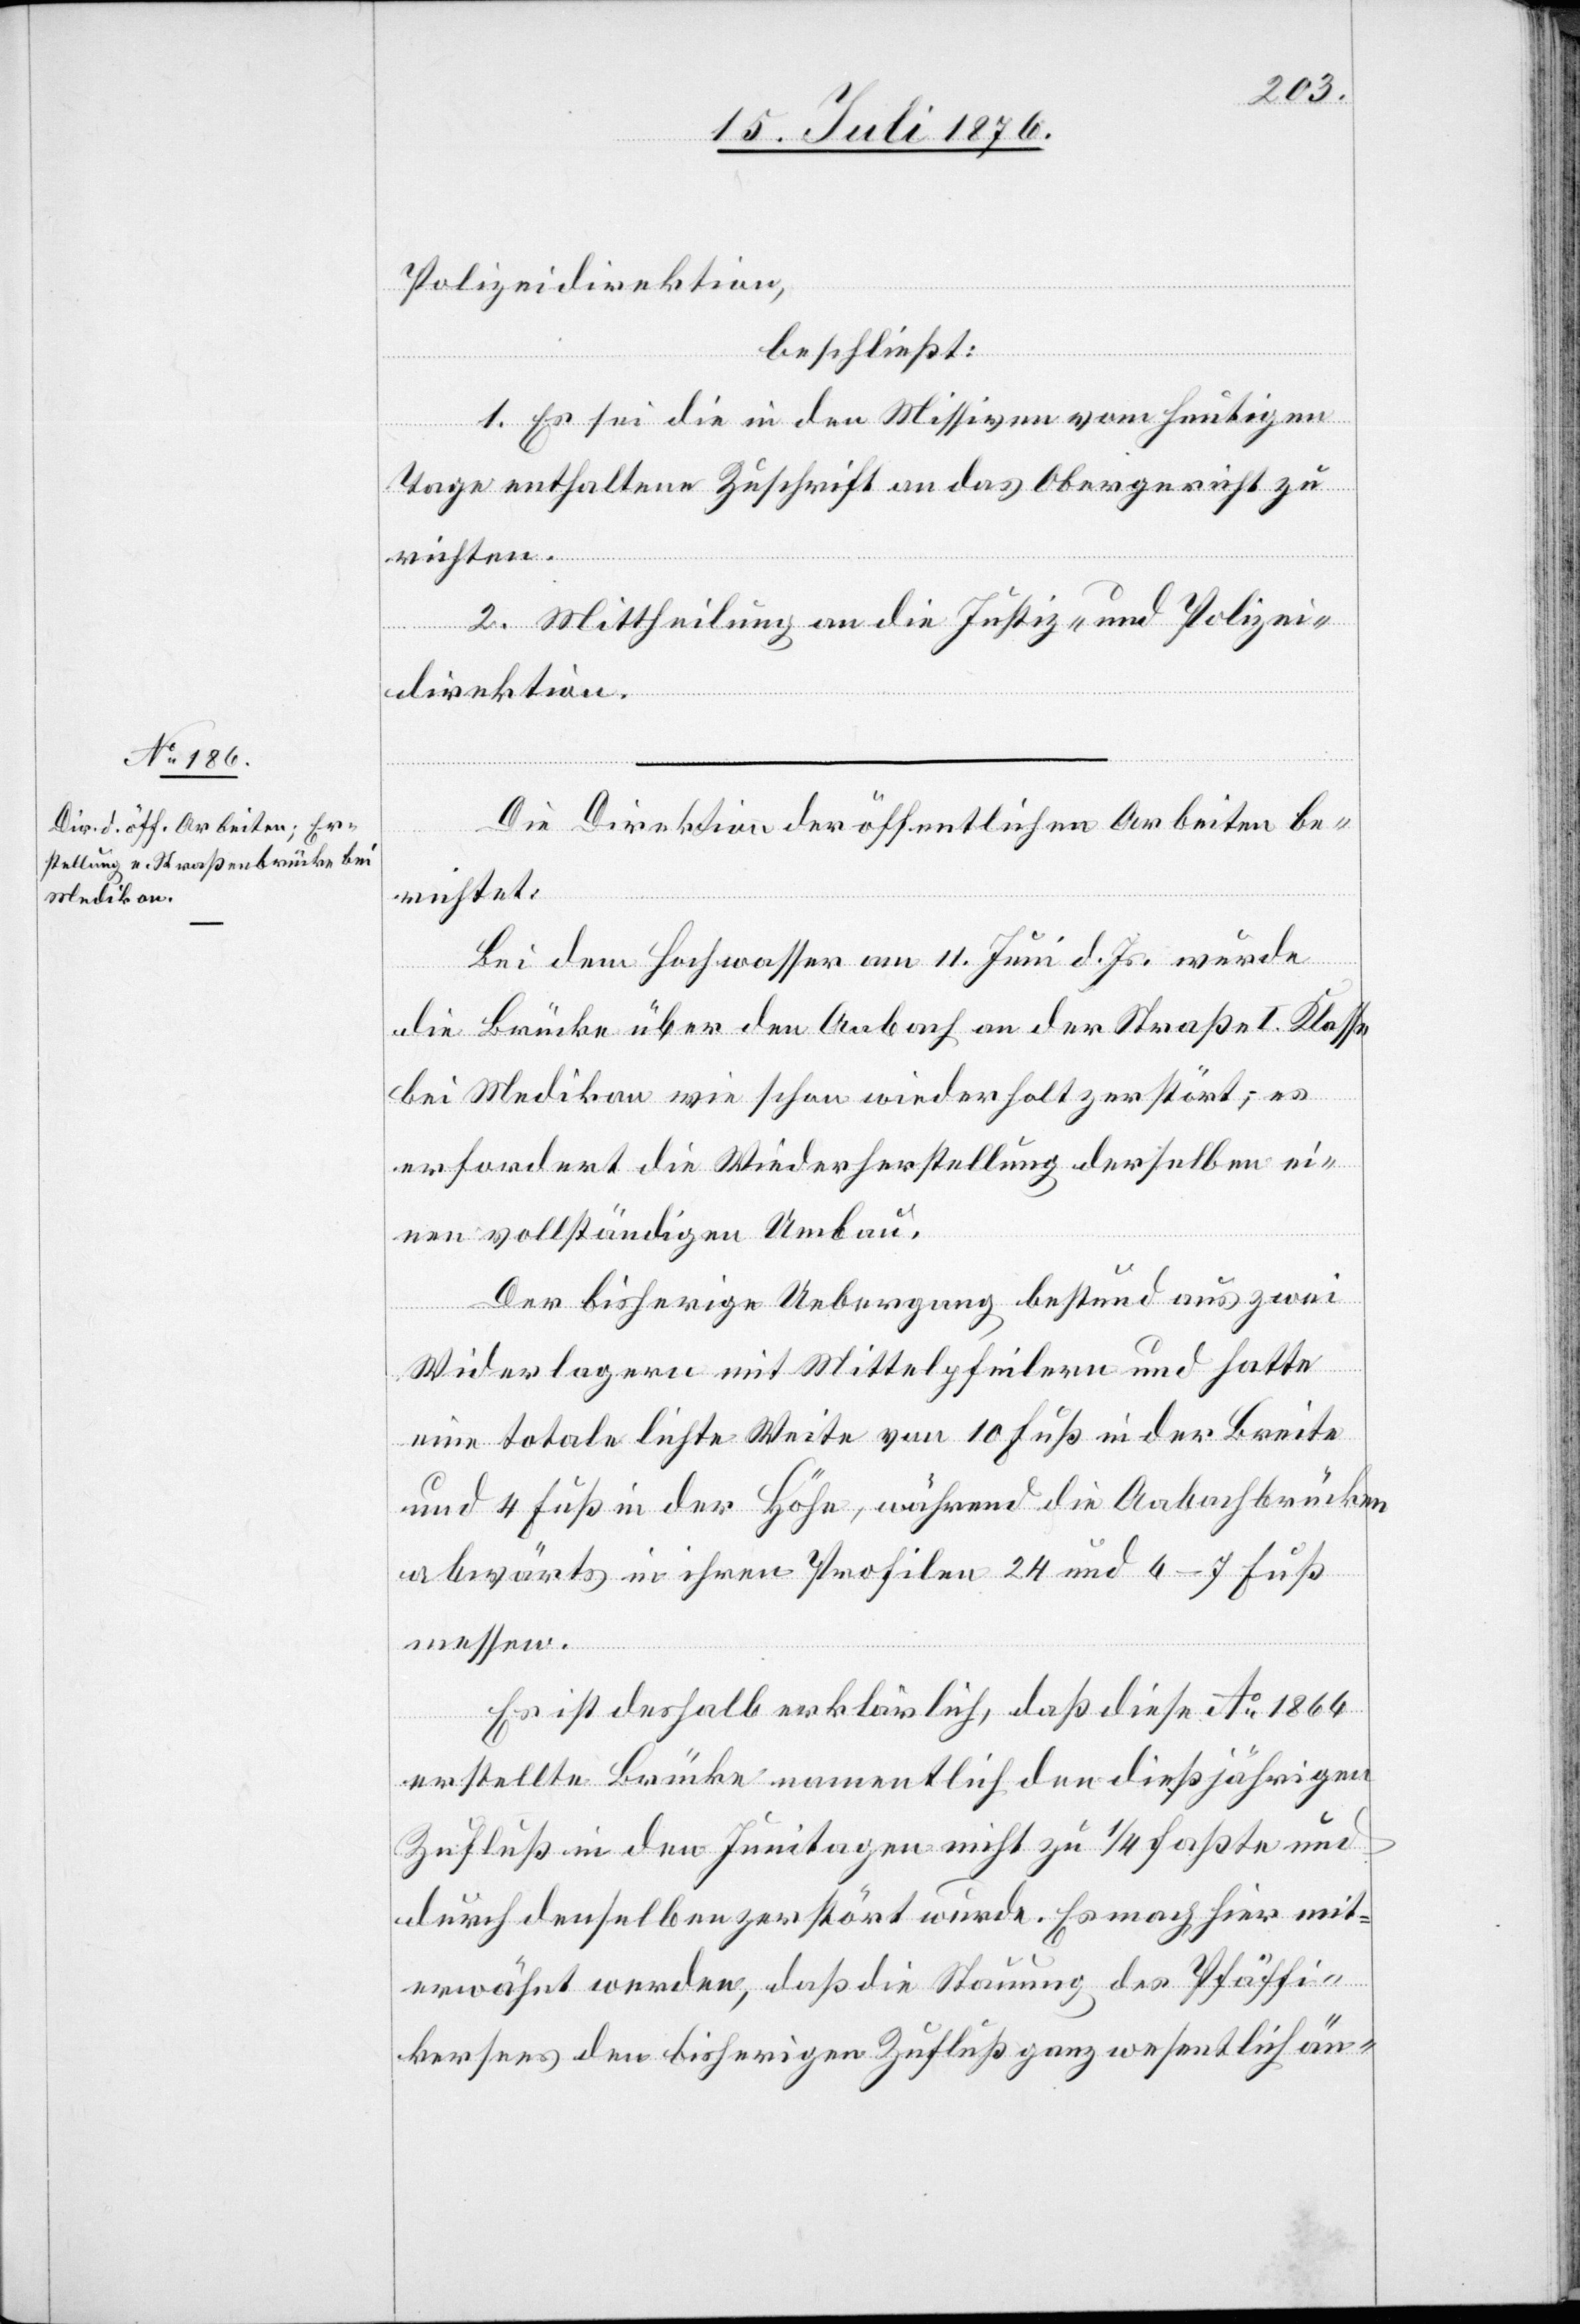
19. Juli 1876.]
Polizeidirektion,
beschließt:
1. Es sei die in den Missiven vom heutigen
Tage enthaltene Zuschrift an das Obergericht zu
richten.
2. Mittheilung an die Justiz- und Polizei¬
direktion.
Die Direktion der öffentlichen Arbeiten be¬
richtet:
Bei dem Hochwasser am 11. Juni d. Js. wurde
die Brücke über den Aabach an der Straße I. Klasse
bei Medikon wie schon wiederholt zerstört; es
erfordert die Wiederherstellung derselben ei¬
nen vollständigen Umbau.
Der bisherige Uebergang bestand aus zwei
Widerlagern mit Mittelpfeilern und hatte
eine totale lichte Weite von 10 Fuß in der Breite
und 4 Fuß in der Höhe, während die Aabachbrücken
abwärts in ihren Profilen 24 und 6–7 Fuß
messen.
Es ist deshalb erklärlich, das diese Ao 1866
erstellte Brücke namentlich den dießjährigen
Zufluß in den Junitagen nicht zu 1/4 faßte und
durch denselben zerstört wurde. Es mag hier mit¬
erwähnt werden, daß die Stauung des Pfäffi¬
kersees den bisherigen Zufluß ganz wesentlich än-